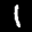
Label: 1